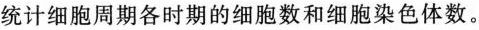
统计细胞周期各时期的细胞数和细胞染色体数。